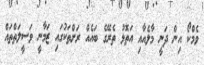
ވެމްކޯ އިން ދަނީ މާލެއާއި އަތޮޅު ތެރޭގެ ބައެއް ރަށްތަކުގައި ޒަމާނީ ވަސީލަތްތައް